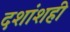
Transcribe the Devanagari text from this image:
दशांशही